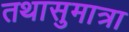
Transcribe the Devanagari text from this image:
तथासुमात्रा